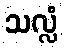
သလ္လံ